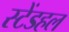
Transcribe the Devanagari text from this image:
स्टेंडहल